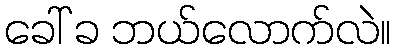
ခေါ် ခ ဘယ်လောက်လဲ။